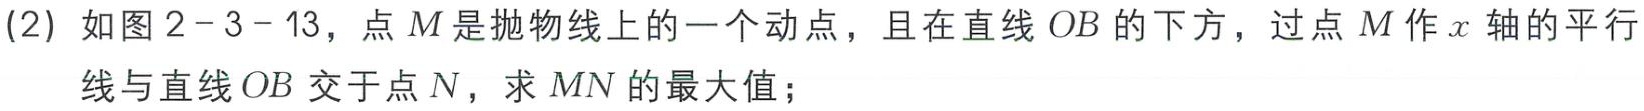
(2) 如图2 - 3 - 13，点$M$是抛物线上的一个动点，且在直线$OB$的下方，过点$M$作$x$轴的平行线与直线$OB$交于点$N$，求$MN$的最大值；